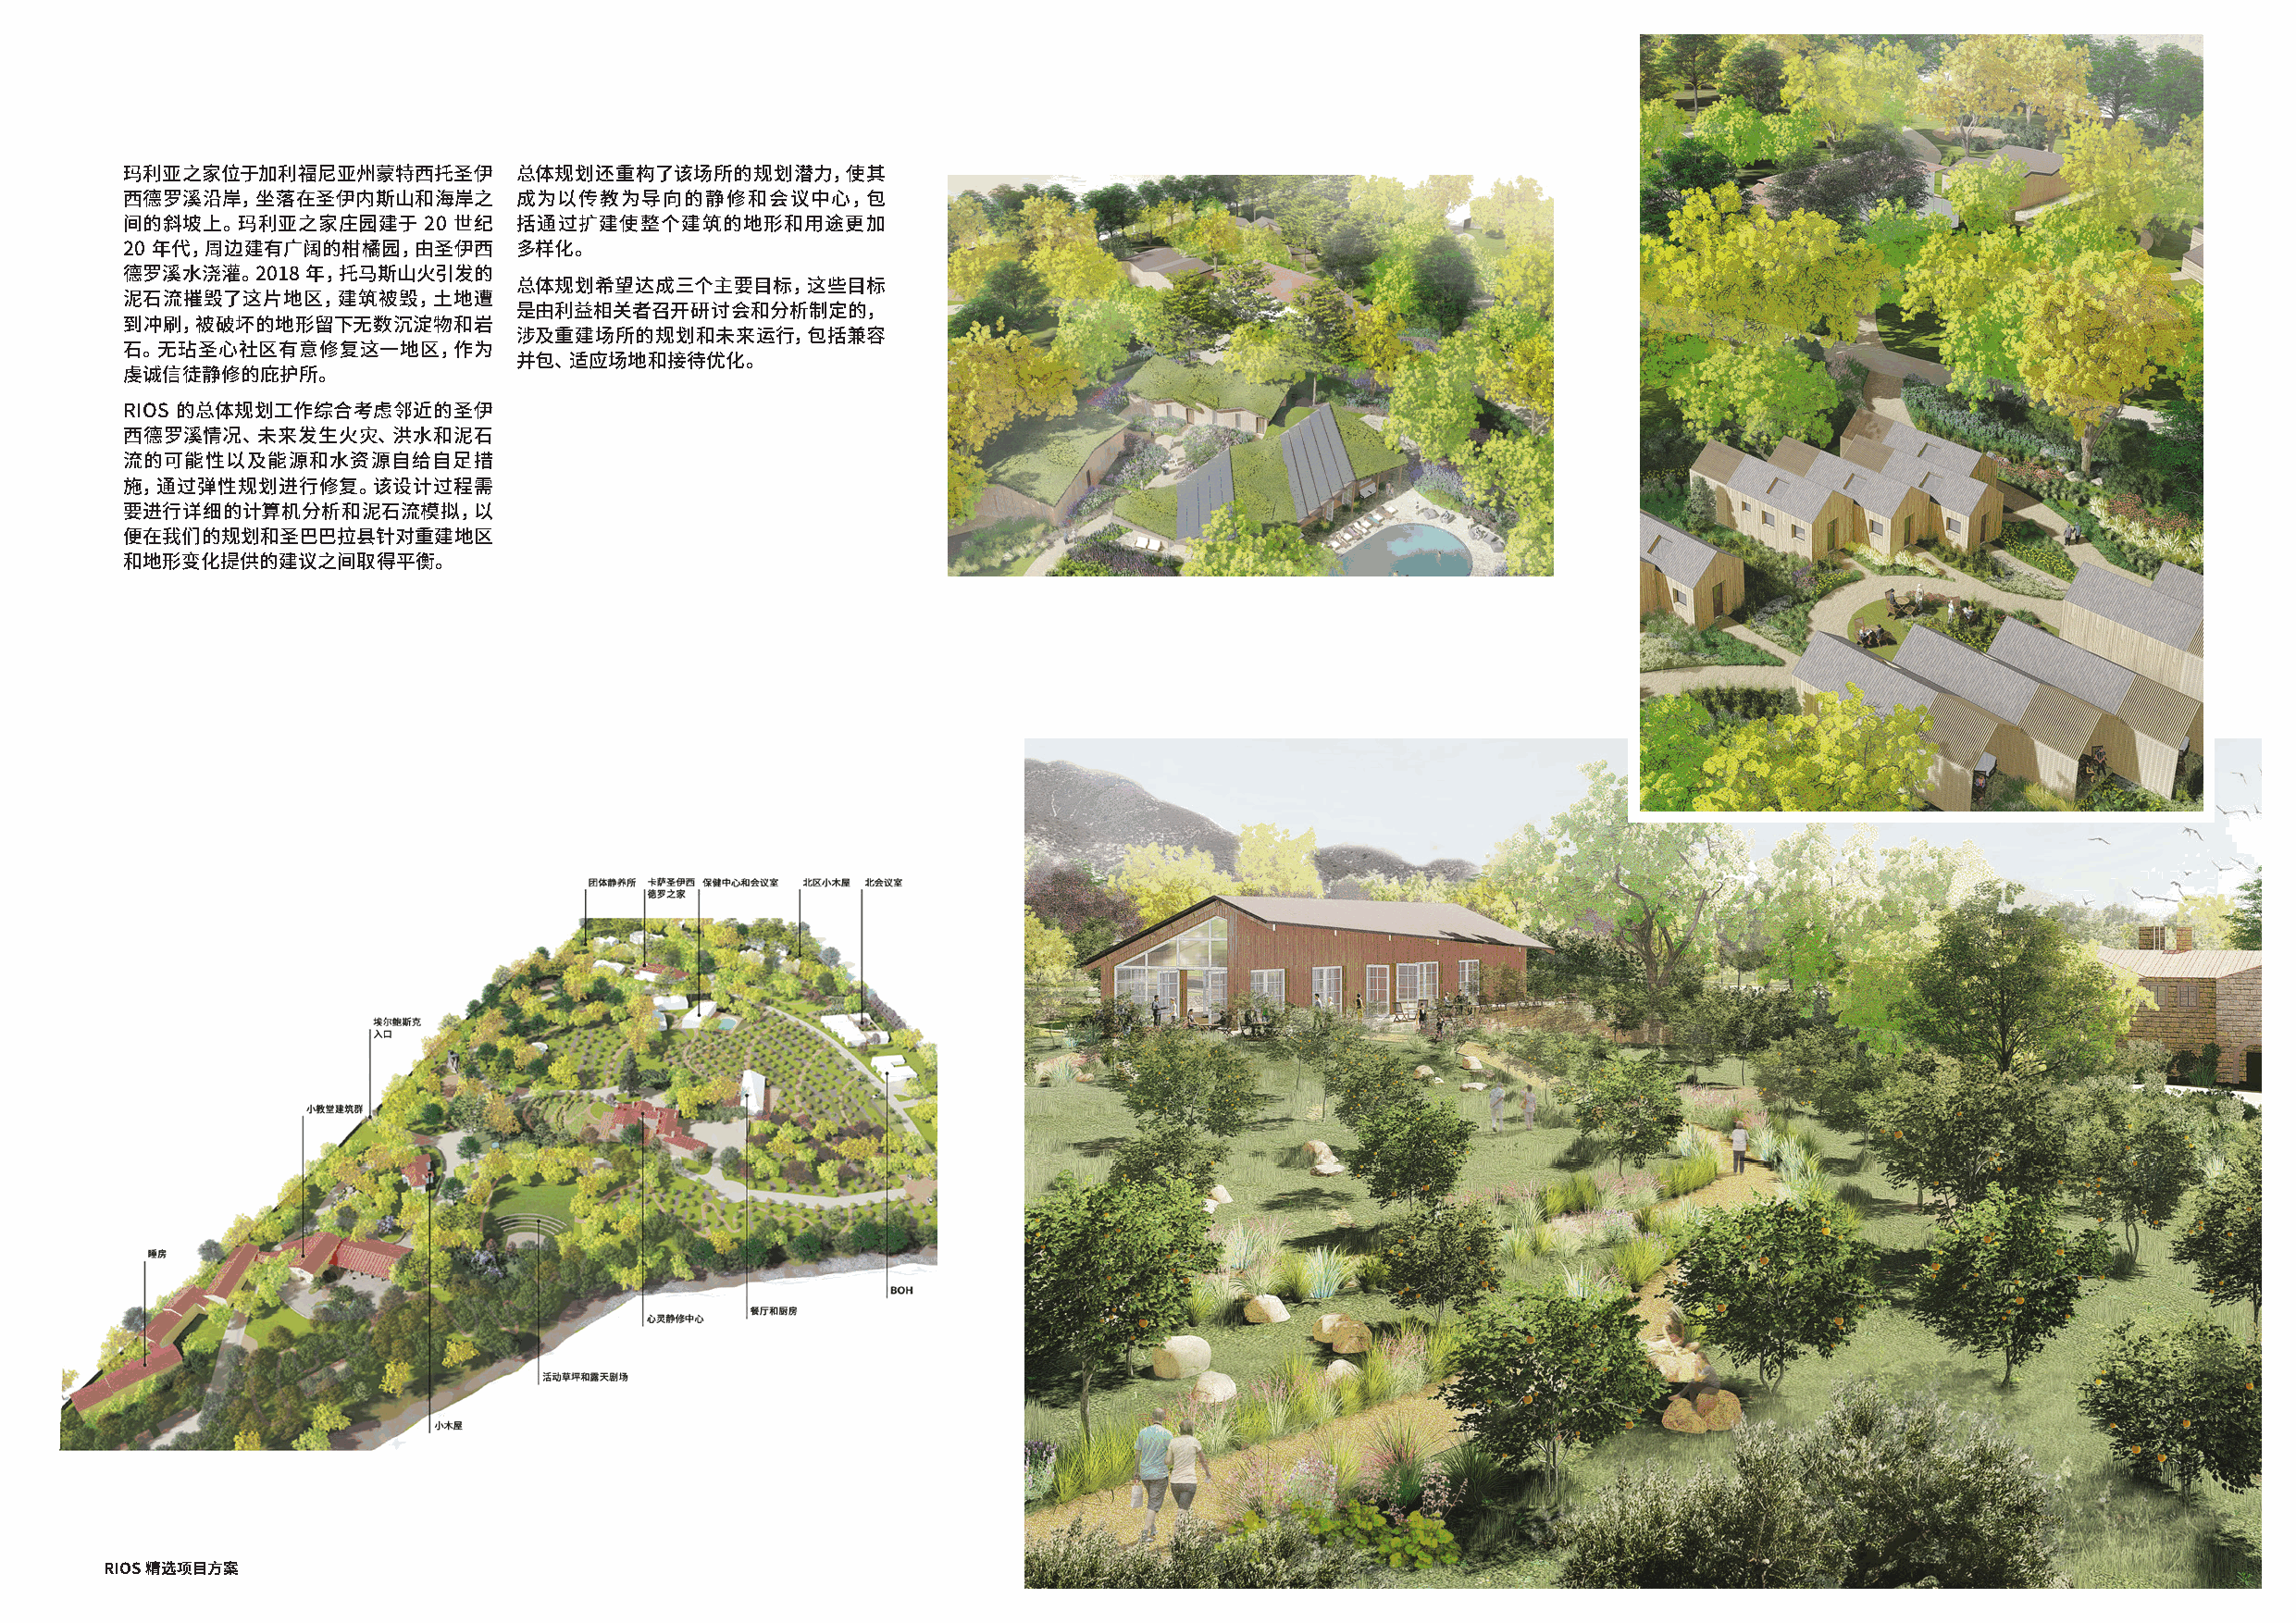
玛利亚之家位于加利福尼亚州蒙特西托圣伊         总体规划还重构了该场所的规划潜力，使其
 西德罗溪沿岸，坐落在圣伊内斯山和海岸之         成为以传教为导向的静修和会议中心，包
 间的斜坡上。玛利亚之家庄园建于      20 世纪  括通过扩建使整个建筑的地形和用途更加
 20 年代，周边建有广阔的柑橘园，由圣伊西       多样化。
 德罗溪水浇灌。2018  年，托马斯山火引发的
 总体规划希望达成三个主要目标，这些目标
 泥石流摧毁了这片地区，建筑被毁，土地遭
 是由利益相关者召开研讨会和分析制定的，
 到冲刷，被破坏的地形留下无数沉淀物和岩
 涉及重建场所的规划和未来运行，包括兼容
 石。无玷圣心社区有意修复这一地区，作为
 并包、适应场地和接待优化。
 虔诚信徒静修的庇护所。
 RIOS 的总体规划工作综合考虑邻近的圣伊
 西德罗溪情况、未来发生火灾、洪水和泥石
 流的可能性以及能源和水资源自给自足措
 施，通过弹性规划进行修复。该设计过程需
 要进行详细的计算机分析和泥石流模拟，以
 便在我们的规划和圣巴巴拉县针对重建地区
 和地形变化提供的建议之间取得平衡。
 RIOS 精选项目方案                                                                                                                                 RIOS 精选项目方案